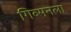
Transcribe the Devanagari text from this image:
गिब्सनला